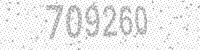
Solution: 709260